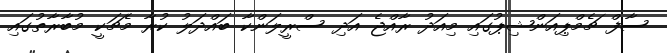
ސާފް ޗެމްޕިއަންޝިޕުގައި މިއަދު ރާއްޖެ އަދި ސްރީލަންކާ ބައްދަލު ކުރާ މެޗަކީ މުބާރާތުގައި